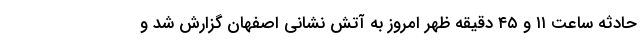
حادثه ساعت ۱۱ و ۴۵ دقیقه ظهر امروز به آتش نشانی اصفهان گزارش شد و